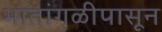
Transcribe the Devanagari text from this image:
भातांगळीपासून